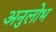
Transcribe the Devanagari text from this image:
अनुलोभ